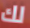
لك